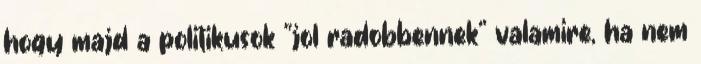
hogy majd a politikusok "jol radobbennek" valamire, ha nem